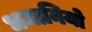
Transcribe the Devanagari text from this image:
धमानियो